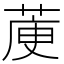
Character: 𦳅